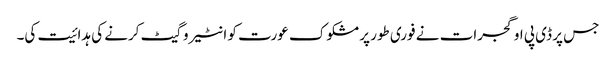
جس پر ڈی پی او گجرات نے فوری طور پر مشکوک عورت کو انٹیروگیٹ کرنے کی ہدائیت کی۔